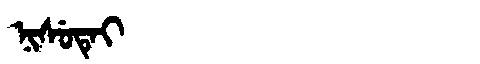
Manchu: ᠨᡳᠰᡠᡨᡝᡳ
Romanization: NISUTEI